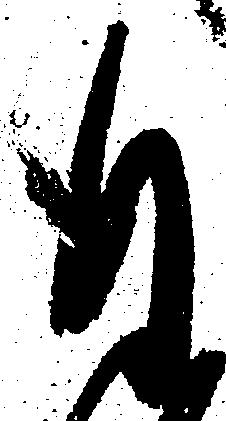
自